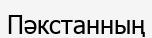
Пәкстанның